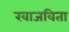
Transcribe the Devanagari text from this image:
खाजविता